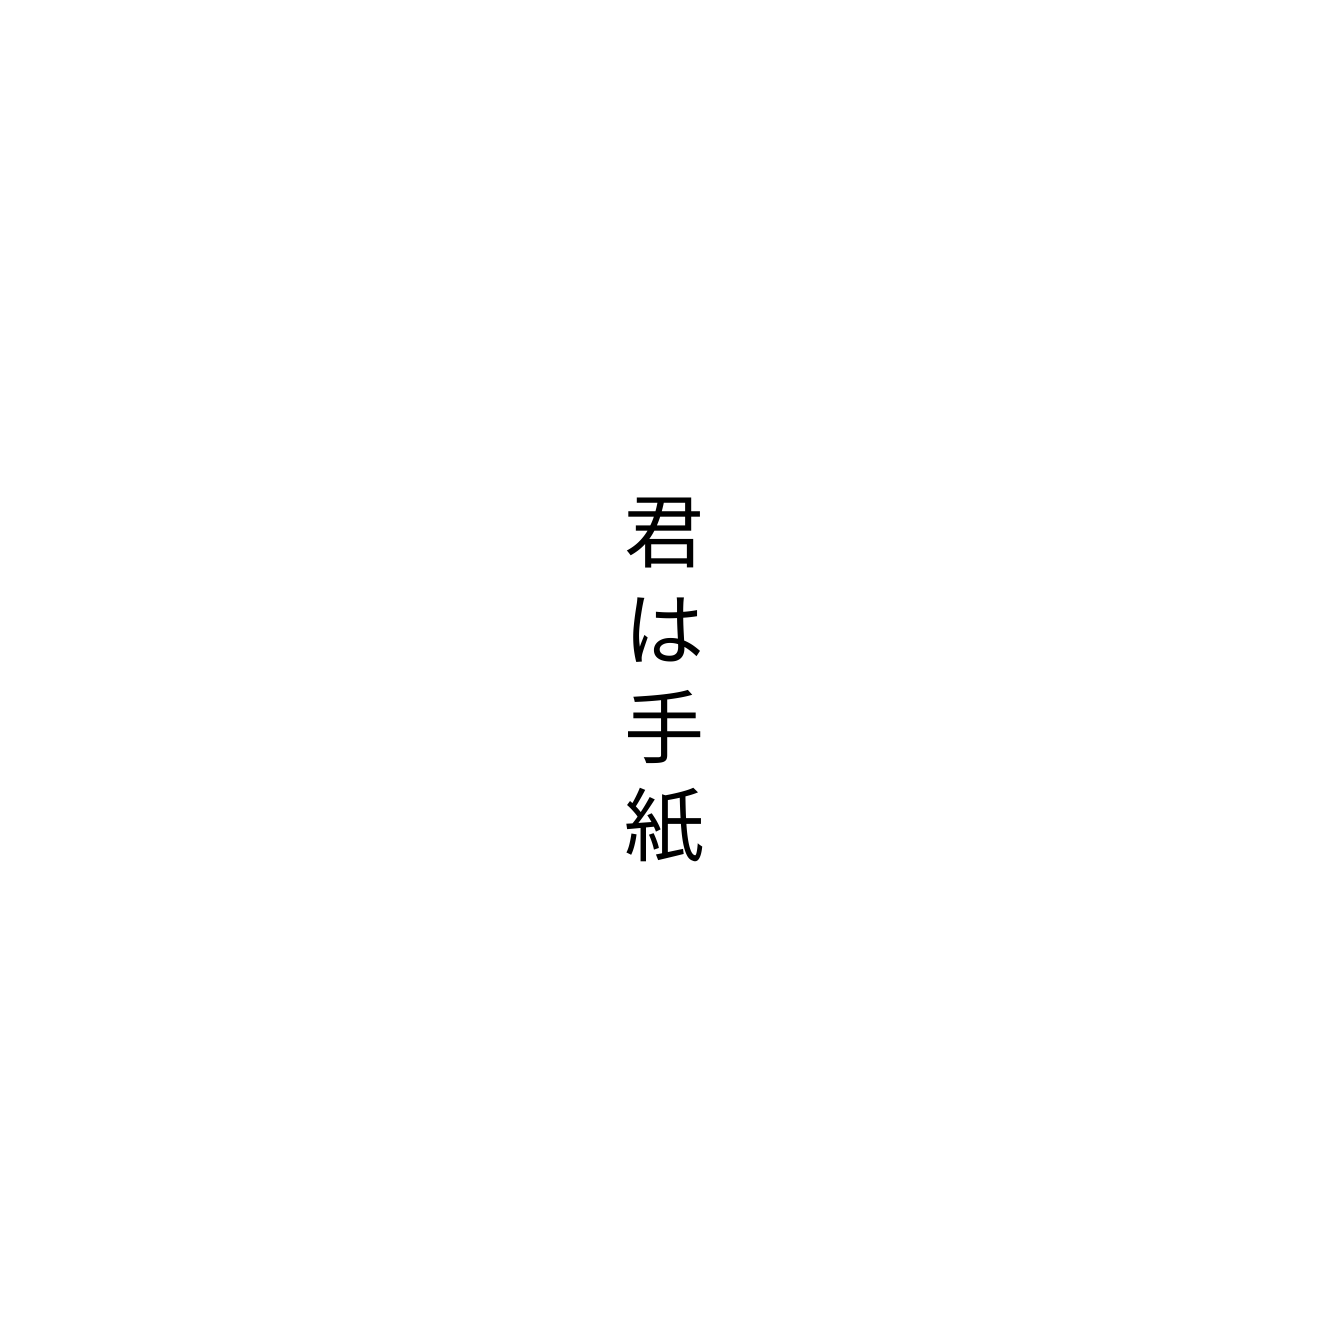
君は手紙